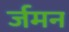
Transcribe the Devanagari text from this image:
र्जमन